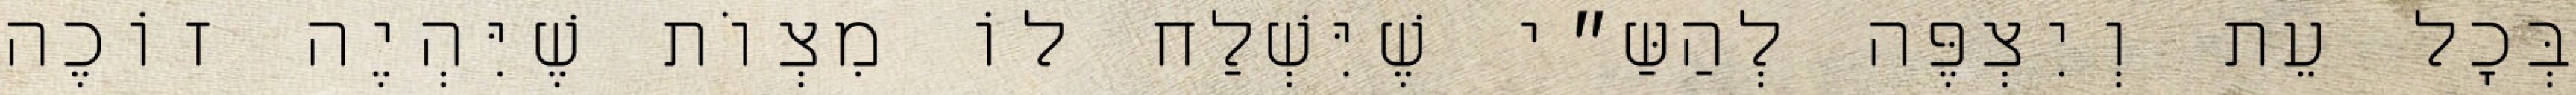
בְּכׇל עֵת וְיִצְפֶּה לְהַשַּ״י שֶׁיִּשְׁלַח לוֹ מִצְוֹת שֶׁיִּהְיֶה זוֹכֶה